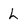
Character: L